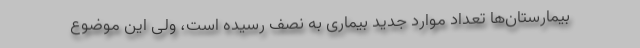
بیمارستان‌ها تعداد موارد جدید بیماری به نصف رسیده است، ولی این موضوع